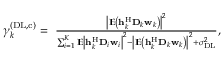
\begin{array} { r } { \gamma _ { k } ^ { ( \mathrm { D L } , \mathrm { c } ) } = \mathrm { ~ } \frac { { { \left| \mathbb { E } \left( \mathbf { h } _ { k } ^ { \mathrm { H } } { { \mathbf { D } } _ { k } } { { \mathbf { w } } _ { k } } \right) \right| } ^ { 2 } } } { \sum _ { i = 1 } ^ { K } { \mathbb { E } } { { \left| \mathbf { h } _ { k } ^ { \mathrm { H } } { { \mathbf { D } } _ { i } } { { \mathbf { w } } _ { i } } \right| } ^ { 2 } } - { { \left| \mathbb { E } \left( \mathbf { h } _ { k } ^ { \mathrm { H } } { { \mathbf { D } } _ { k } } { { \mathbf { w } } _ { k } } \right) \right| } ^ { 2 } } + \sigma _ { \mathrm { D L } } ^ { 2 } } , } \end{array}